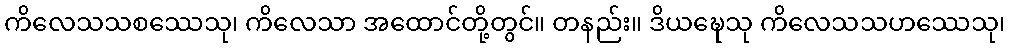
ကိလေသသစဿေသု၊ ကိလေသာ အထောင်တို့တွင်။ တနည်း။ ဒိယဍ္ဎေသု ကိလေသသဟဿေသု၊